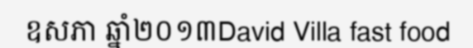
ឧសភា ឆ្នាំ២០១៣David Villa fast food